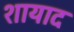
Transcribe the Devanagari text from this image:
शायाद